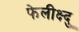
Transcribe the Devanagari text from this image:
फेलीक्ष्दु